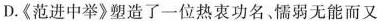
D.《范进中举》塑造了一位热衷功名，懦弱无能而又